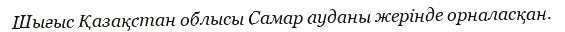
Шығыс Қазақстан облысы Самар ауданы жерінде орналасқан.